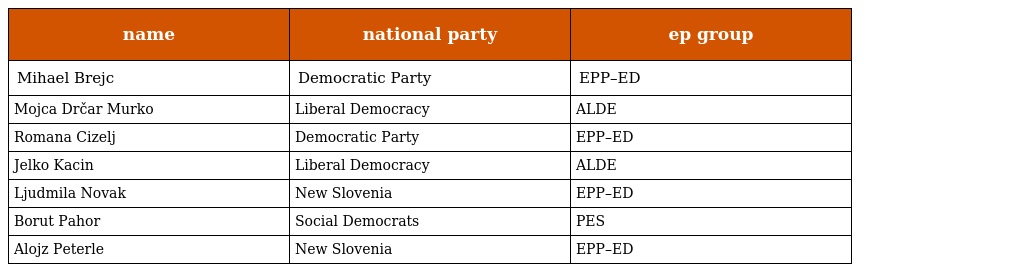
| name | national party | ep group |
 | --- | --- | --- |
 | Mihael Brejc | Democratic Party | EPP–ED |
 | Mojca Drčar Murko | Liberal Democracy | ALDE |
 | Romana Cizelj | Democratic Party | EPP–ED |
 | Jelko Kacin | Liberal Democracy | ALDE |
 | Ljudmila Novak | New Slovenia | EPP–ED |
 | Borut Pahor | Social Democrats | PES |
 | Alojz Peterle | New Slovenia | EPP–ED |